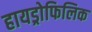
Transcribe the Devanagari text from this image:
हायड्रोफिलिक